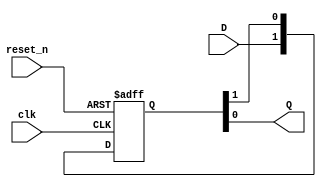
`timescale 1ns / 1ps
//////////////////////////////////////////////////////////////////////////////////
// Company: 
// Engineer: 
// 
// Design Name: 
// Module Name: synchronizer
// Project Name: 
// Target Devices: 
// Tool Versions: 
// Description: 
// 
// Dependencies: 
// 
// Revision:
// Revision 0.01 - File Created
// Additional Comments:
// 
//////////////////////////////////////////////////////////////////////////////////


module synchronizer
    #(parameter STAGES = 2)(
    input clk, reset_n,
    input D,
    output Q
    );
    
    reg [STAGES - 1:0] Q_reg;
    always @(posedge clk, negedge reset_n)
    begin
        if (~reset_n)
            Q_reg <= 'b0;
        else
            Q_reg <= {D, Q_reg[STAGES - 1:1]};
    end
    
    assign Q = Q_reg[0];
endmodule